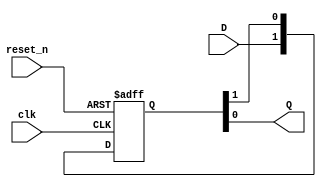
`timescale 1ns / 1ps
//////////////////////////////////////////////////////////////////////////////////
// Company: 
// Engineer: 
// 
// Design Name: 
// Module Name: synchronizer
// Project Name: 
// Target Devices: 
// Tool Versions: 
// Description: 
// 
// Dependencies: 
// 
// Revision:
// Revision 0.01 - File Created
// Additional Comments:
// 
//////////////////////////////////////////////////////////////////////////////////


module synchronizer
    #(parameter STAGES = 2)(
    input clk, reset_n,
    input D,
    output Q
    );
    
    reg [STAGES - 1:0] Q_reg;
    always @(posedge clk, negedge reset_n)
    begin
        if (~reset_n)
            Q_reg <= 'b0;
        else
            Q_reg <= {D, Q_reg[STAGES - 1:1]};
    end
    
    assign Q = Q_reg[0];
endmodule